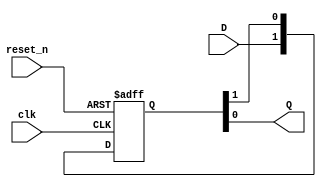
`timescale 1ns / 1ps
//////////////////////////////////////////////////////////////////////////////////
// Company: 
// Engineer: 
// 
// Design Name: 
// Module Name: synchronizer
// Project Name: 
// Target Devices: 
// Tool Versions: 
// Description: 
// 
// Dependencies: 
// 
// Revision:
// Revision 0.01 - File Created
// Additional Comments:
// 
//////////////////////////////////////////////////////////////////////////////////


module synchronizer
    #(parameter STAGES = 2)(
    input clk, reset_n,
    input D,
    output Q
    );
    
    reg [STAGES - 1:0] Q_reg;
    always @(posedge clk, negedge reset_n)
    begin
        if (~reset_n)
            Q_reg <= 'b0;
        else
            Q_reg <= {D, Q_reg[STAGES - 1:1]};
    end
    
    assign Q = Q_reg[0];
endmodule